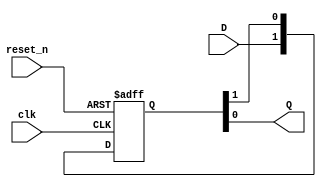
`timescale 1ns / 1ps
//////////////////////////////////////////////////////////////////////////////////
// Company: 
// Engineer: 
// 
// Design Name: 
// Module Name: synchronizer
// Project Name: 
// Target Devices: 
// Tool Versions: 
// Description: 
// 
// Dependencies: 
// 
// Revision:
// Revision 0.01 - File Created
// Additional Comments:
// 
//////////////////////////////////////////////////////////////////////////////////


module synchronizer
    #(parameter STAGES = 2)(
    input clk, reset_n,
    input D,
    output Q
    );
    
    reg [STAGES - 1:0] Q_reg;
    always @(posedge clk, negedge reset_n)
    begin
        if (~reset_n)
            Q_reg <= 'b0;
        else
            Q_reg <= {D, Q_reg[STAGES - 1:1]};
    end
    
    assign Q = Q_reg[0];
endmodule